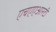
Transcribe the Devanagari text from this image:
एचएएआरटी